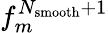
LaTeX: f_{m}^{N_{\mathrm{smooth}}+1}